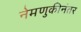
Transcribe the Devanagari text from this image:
नेमणुकीनंतर